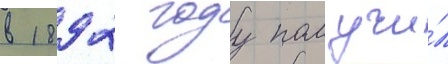
в 1892 году получи́л